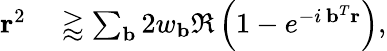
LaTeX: \begin{array}{rl}{\mathbf{r}^{2}}&{{}\gtrapprox\sum_{\mathbf{b}}2w_{\mathbf{b}}\Re\left(1-e^{-i\, \mathbf{b}^{T}\mathbf{r}}\right),}\end{array}